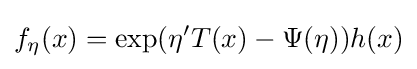
f_{\eta }(x)=\exp(\eta 'T(x)-\Psi (\eta ))h(x)